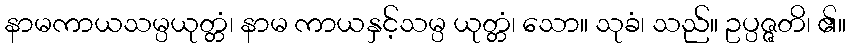
နာမကာယသမ္ပယုတ္တံ၊ နာမ ကာယနှင့်သမ္ပ ယုတ္တံ၊ သော။ သုခံ၊ သည်။ ဥပ္ပဇ္ဇတိ၊ ၏။